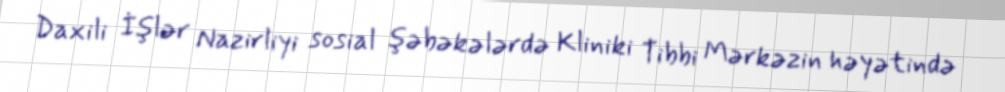
Daxili İşlər Nazirliyi sosial şəbəkələrdə Kliniki Tibbi Mərkəzin həyətində